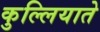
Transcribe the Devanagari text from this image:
कुल्लियाते